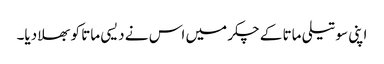
اپنی سوتیلی ماتا کے چکر میں اس نے دیسی ماتا کو بھلا دیا۔